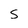
Character: 5